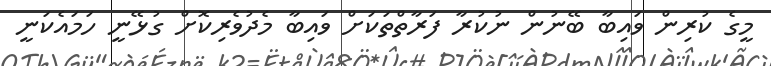
މީގެ ކުރިން ވައިބާ ބޭނުން ނުކުރާ ފަރާތްތަކަށް ވައިބާ މެދުވެރިކޮށް ގުޅޭނީ ހަމައެކަނީ